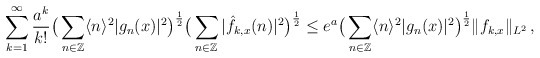
\begin{align*}\sum_{k=1}^\infty \frac{a^k}{k!}\big(\sum_{n\in \mathbb{Z}}\langle n\rangle^2|g_n (x)|^2\big)^\frac{1}{2}\big( \sum_{n\in \mathbb{Z}}|\hat f_{k,x}(n)|^2\big)^\frac{1}{2}\leq e^a\big(\sum_{n\in \mathbb{Z}}\langle n\rangle^2|g_n (x)|^2\big)^{\frac{1}{2}}\|f_{k,x}\|_{L^2}\, ,\end{align*}